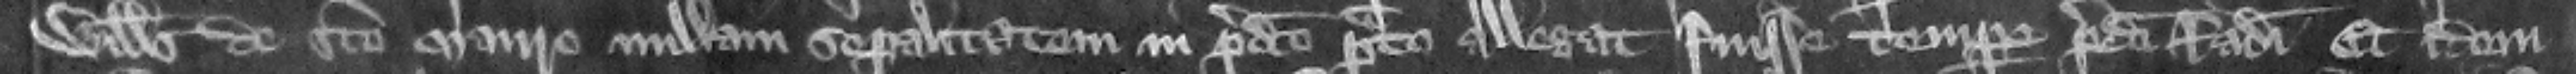
Willelmus de Sancto Mauro nullam separalitatem in predicto prato allegat fuisse tempore predicti Radulfi et idem